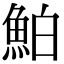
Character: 鮊